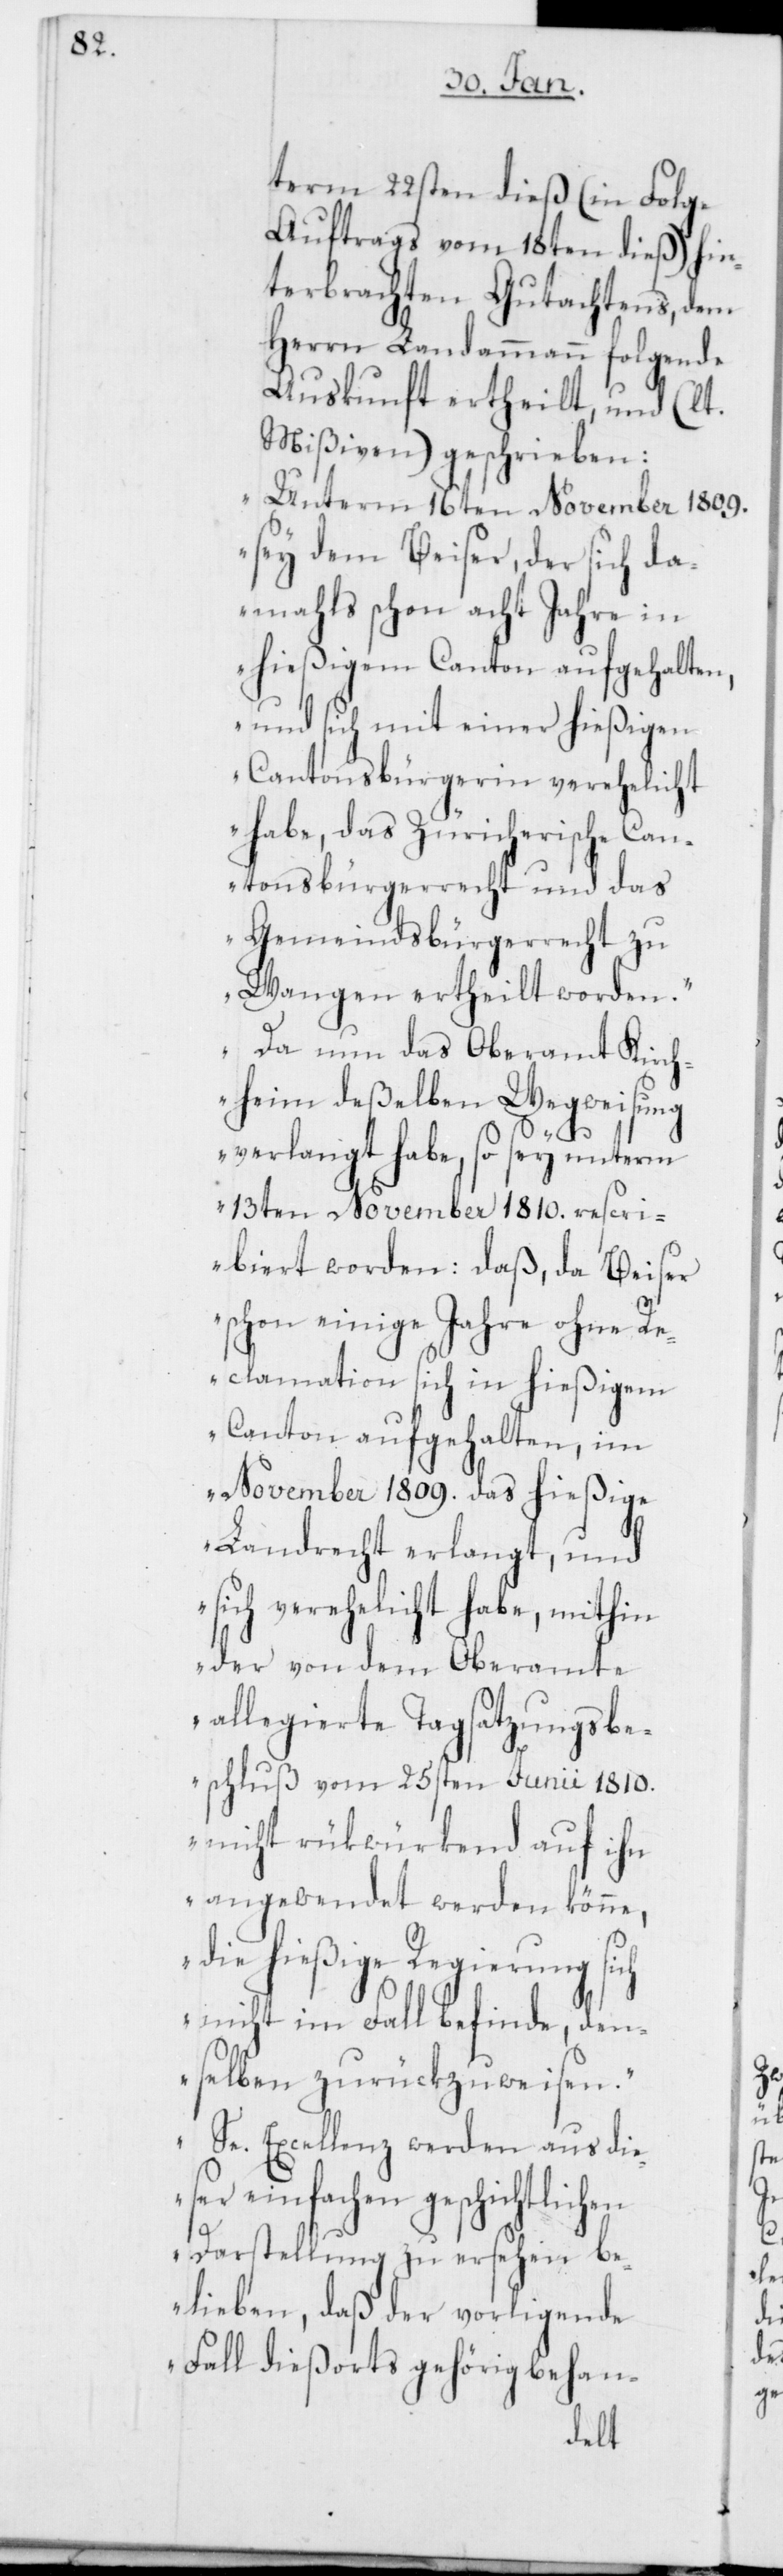
term 22sten dieß (in Folge
Auftrags vom 18ten dieß) hin¬
terbrachten Gutachtens, dem
Herrn Landammann folgende
Auskunft ertheilt, und (lt.
Mißiven) geschrieben:
„Unterm 16ten November 1809.
sey dem Beiser, der sich da¬
mahls schon acht Jahre in
hießigem Canton aufgehalten,
und sich mit einer hießigen
Cantonsbürgerin verehelicht
habe, das Zürcherische Can¬
tonsbürgerrecht und das
Gemeindsbürgerrecht zu
Wangen ertheilt worden.
Da nun das Oberamt Kirch¬
heim deßelben Wegweisung
verlangt habe, so sey unterm
13ten November 1810. rescri¬
biert worden: daß, da Beiser
schon einige Jahre ohne Re¬
clamation sich in hießigem
Canton aufgehalten, im
November 1809. das hießige
Landrecht erlangt, und
sich verehelicht habe, mithin
der von dem Oberamte
allegierte Tagsatzungsbe¬
schluß vom 25sten Junii 1810.
nicht rükwürkend auf ihn
angewendet werden könne,
die hießige Regierung sich
nicht im Fall befinde, den¬
selben zurükzuweisen.
Se. Excellenz, werden aus die¬
ser einfachen geschichtlichen
Darstellung zu ersehen be¬
lieben, daß der vorligende
Fall dießorts gehörig behan-